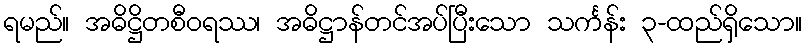
ရမည်။ အဓိဋ္ဌိတစီဝရဿ၊ အဓိဋ္ဌာန်တင်အပ်ပြီးသော သင်္ကန်း ၃-ထည်ရှိသော။